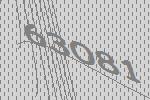
63081